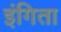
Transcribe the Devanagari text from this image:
इंगिता